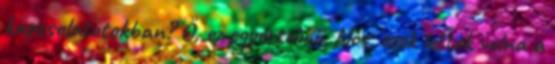
kapcsolatotokban? Ő, ez egyértelmű. Nos, ezek lettek volna a